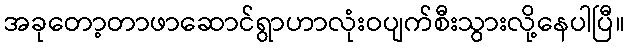
အခုတော့တာဖာဆောင်ရွာဟာလုံးဝပျက်စီးသွားလို့နေပါပြီ။